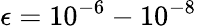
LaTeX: \epsilon=10^{-6}-10^{-8}